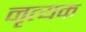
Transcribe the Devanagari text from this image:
नृत्यक